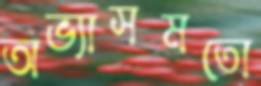
অভ্যাসমতো